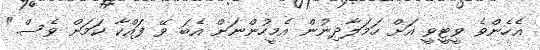
އެހެންވެ ވީޓީވީ އަށް ހަމަލާދިނުން އެމީހުންނަށް އެބަ ވޭ ފައްކާ ކަމަށް ވެސް."